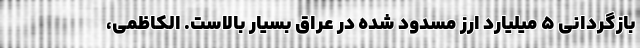
بازگردانی ۵ میلیارد ارز مسدود شده در عراق بسیار بالاست. الکاظمی،